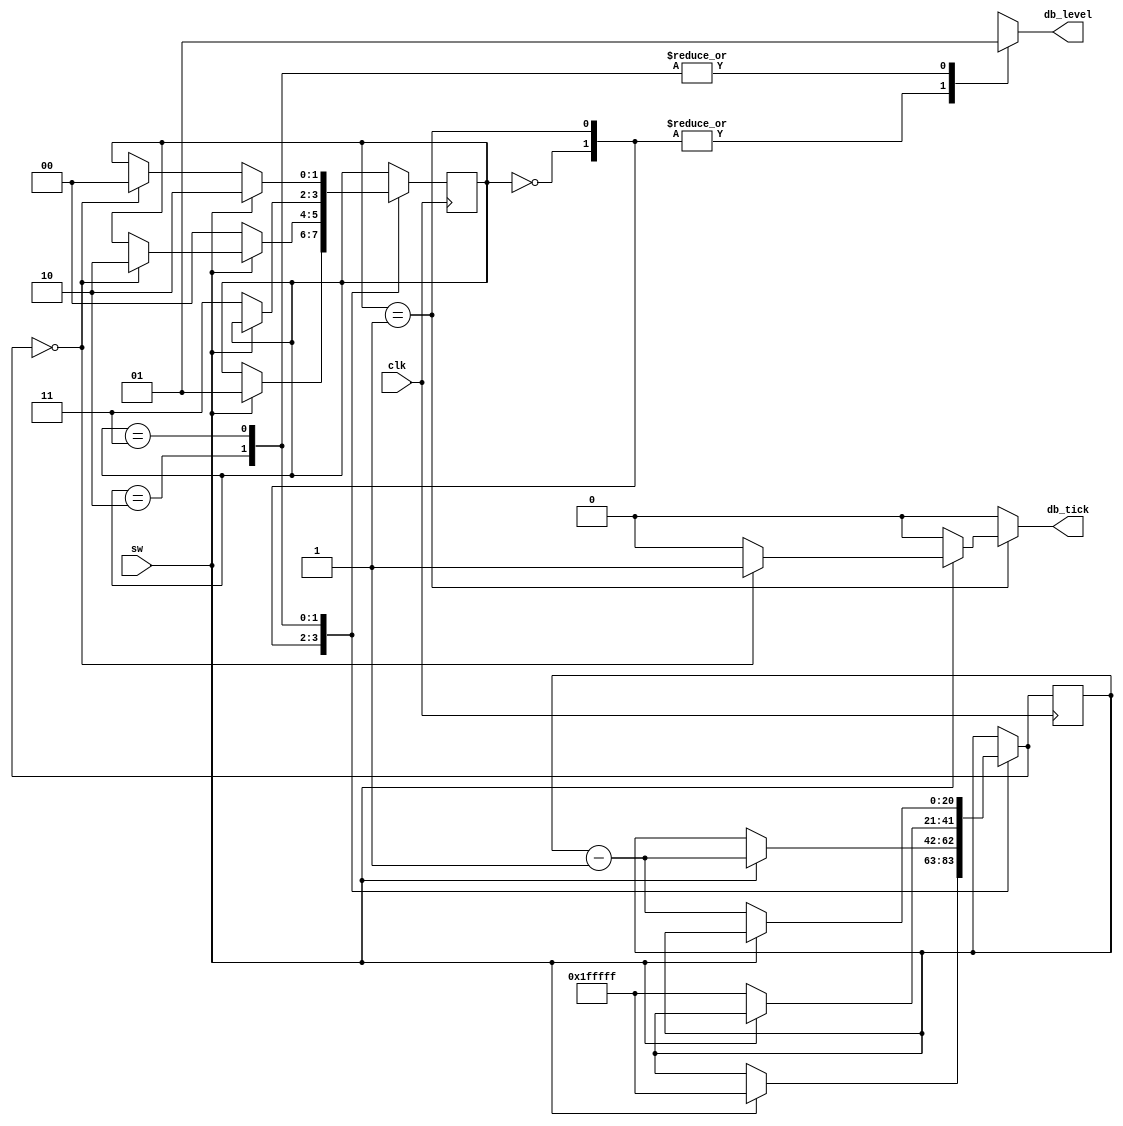
module debounce
(
	input wire  clk,
	input wire  sw,
	output reg  db_level,
	output reg  db_tick
);
	localparam N = 21; // filter of 2^N * 20ns = 40ms
	
	localparam ZERO  = 0;
	localparam WAIT1 = 1;
	localparam ONE   = 2;
	localparam WAIT0 = 3;
	
	reg [1:0]   state_reg, state_next;
	reg [N-1:0] q_reg, q_next;
	
	always @ (posedge clk) begin
		state_reg <= state_next;
		q_reg <= q_next;
	end
	
	// state machine outputs level and edge trigger changes
	// it outputs the same level as long as the input signal
	// changes too quickly or not changing at all. If it changes
	// to quickly, it will fail the threshold value for the counter
	// and get resetted back to the original level state that it
	// was in.
	always @ (state_reg, q_reg, sw, q_next) begin
		state_next <= state_reg;
		q_next <= q_reg;
		db_tick <= 0;
		
		case (state_reg)
			ZERO: begin
				db_level <= 0;
				if (sw) begin
					state_next <= WAIT1;
					q_next <= ~0;
				end
			end
			
			WAIT1: begin
				db_level <= 0;
				if (sw) begin
					q_next <= q_reg - 1;
					if (q_next == 0) begin
						state_next <= ONE;
						db_tick <= 1;
					end
				end
				else
					state_next <= ZERO;
			end
			
			ONE: begin
				db_level <= 1;
				if (!sw) begin
					state_next <= WAIT0;
					q_next <= ~0;
				end
			end
			
			WAIT0: begin
				db_level <= 1;
				if (!sw) begin
					q_next <= q_reg - 1;
					if (q_next == 0)
						state_next <= ZERO;
				end
				else
					state_next <= ONE;
			end
		endcase
	end
	
endmodule